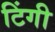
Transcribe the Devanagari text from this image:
टिंगी